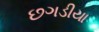
છગડીયા